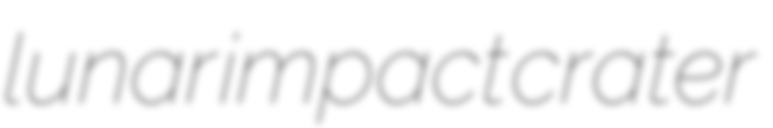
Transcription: lunar impact crater